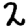
Digit: 2